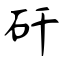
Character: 矸